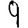
Digit: 9